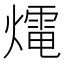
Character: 𤐇